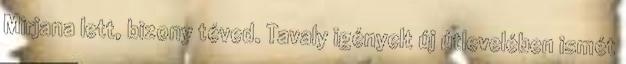
Mirjana lett, bizony téved. Tavaly igényelt új útlevelében ismét